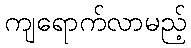
ကျရောက်လာမည့်